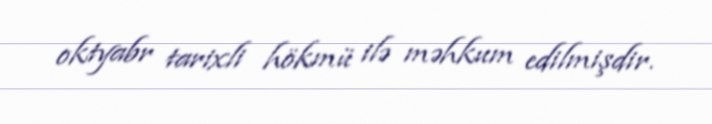
oktyabr tarixli hökmü ilə məhkum edilmişdir.